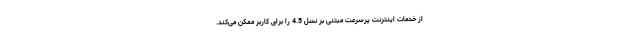
از خدمات اینترنت پرسرعت مبتنی بر نسل 4.5 را برای کاربر ممکن می‌کند.